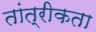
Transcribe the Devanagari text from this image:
तांत्रीकता